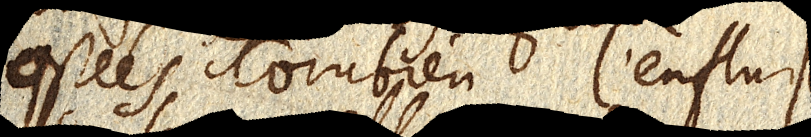
ostées combien l’enflure